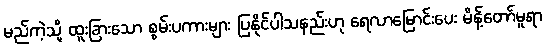
မည်ကဲ့သို့ ထူးခြားသော စွမ်းပကားများ ပြနိုင်ပါသနည်းဟု ရေလာမြောင်းပေး မိန့်တော်မူရာ